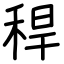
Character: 稈